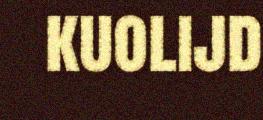
kuolijd